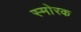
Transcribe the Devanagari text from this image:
स्माेरक